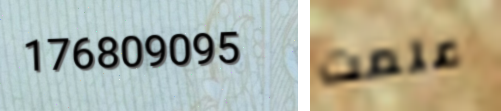
176809095 علمت